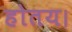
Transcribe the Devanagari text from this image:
होतय।